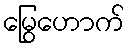
မြွေဟောက်